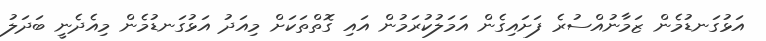
އަޅުގަނޑުމެން ޒަމާނުއްސުރެ ފަށައިގެން އަމަލުކުރަމުން އައި ގޮތްތަކަށް މިއަދު އަޅުގަނޑުމެން މިއެދެނީ ބަދަލު